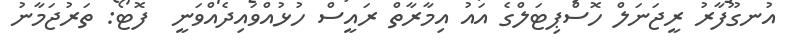
އުނގޫފާރު ރީޖަނަލް ހޮސްޕިޓަލްގެ އައު އިމާރާތް ރައީސް ހުޅުއްވައިދެއްވަނީ  ފޮޓޯ: ތަރުޖަމާނު